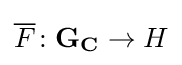
{\overline {F}}\colon \mathbf {G} _{\mathbf {C} }\rightarrow H